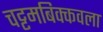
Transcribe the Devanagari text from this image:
चट्टमबिक्कवला